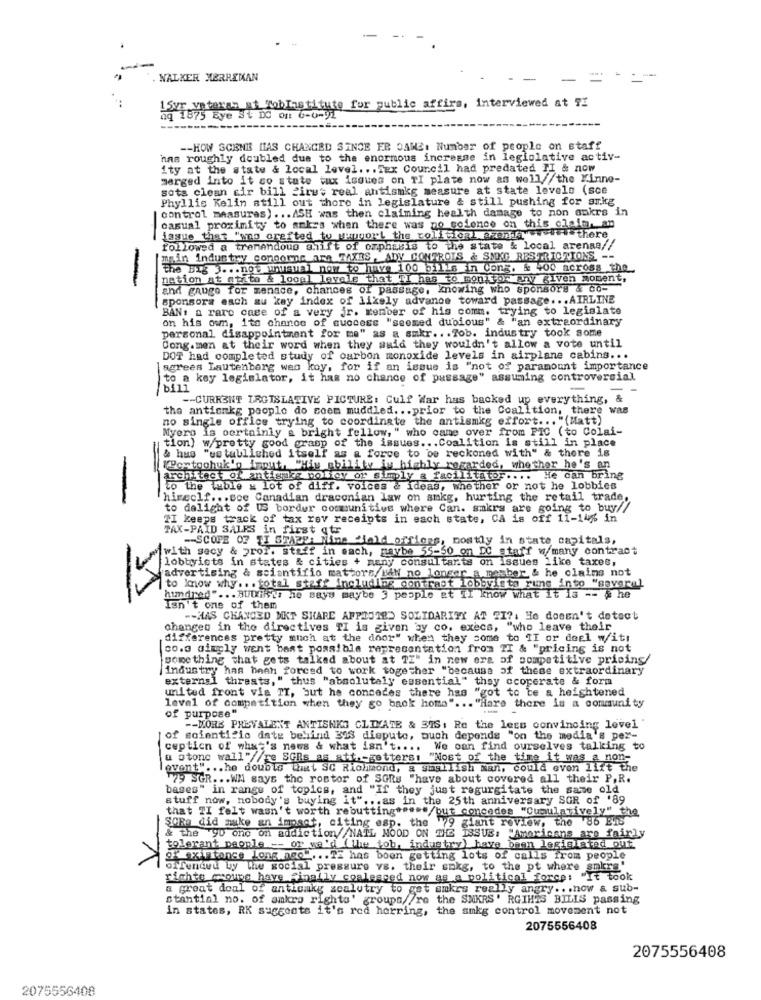
WALKER HERREMAN
1SZT veteran at robInstitute for public affira, interviewed at ?!
Eye St DC on G-6-91
-- HOW SCENES HAS CHANGED SINCE ER SANS: Number of people on staff
has roughly doubled due to the enormous increase in leglolative activ-
ity at the state & local level ... Sex Council had predated TI & now
merged into it co state tax isques on TI plate now as well//the Kinne-
sota clean sir bill Pires real antismkg measure at state levelo (sce
Phyllis Kelin atill out thore in legislature & still pushing for ai.kg
control measuras) ... ASH was then claiming health damage to non ankrs in
casual proximity to amiss when there was no solence on this claim. an
issue that "wo crefted to umport the colisioal szonka"w"there
followed a tremendous shift of oxphasis to the state & local arenas//
main industry conporne are TAXES, ADY CONTROIS & SMKG RESTRICTIONS. --
The Big 3. .. not unusual nem to have 100 bills in cong. & 400 across the
nation at atito & local levels that TI has to mon or any given moment,
and gauge for menace, chances of passage, knowing who sponsors & Co-
sponsors esch au key index of likely advance toward passage ... AIRLINE
BAN: a rare case of a very jr. Kember of his comm. trying to legislate
on his own, its chance of success "seemed dubious" & "an extraordinary
personal disappointment for me" as a smkr ... 70b. industry took some
Cong.men at their word when they said they wouldn't allow a vote until
DOT had completed study of carbon monoxide levels in airplane cabins ...
agrees Lautenberg was koy, for if an issue is "not of paramount importance
to a key legislator, it has no chance of passage" assuming controversial
bill
-
-- CURRENT IRGISLATIVE PICTURE: Culf War has backed up everything, &
the antionkg people do soem muddled ... prior to the Coalition, there was
no single office trying to coordinate the antismkg effort ... "(Matt)
Myero is certainly a bright fellow," who came over from PIC (to Colai-
tion) w/pretty good grasp of the issues ... Coalition is still in place
& hus "established itself as a force to be reckoned with" & there is
Portochuk's frout, "His ability is highly regarded, whether he's an
architect of antiguas policy or simply a facilitator ....
He can bring
to the table = lot of diff. voices & ideas, whether or not he lobbies
-
himeclf ... soe Canadian draconian law on sukg, hurting the retail trade,
to dalight of US border communitive where Can. smkrs are going to buy//
TI keeps track of tax rav receipts in each state, CA is off 11-14% in
TAX-PAID SALES in first qtr
-- SCOPE OF TI STAZO: Mine field offices, mostly in state capitals,
with secy & pror. staff in each, maybe 55-50 on DC staff w/many contract
lobbyists in states & cities + many consultants on issues like taxes,
advertising & scientifio mattors MAN no longer a masber & he claims not
to know why .. . total staff including contrast lobbyists runs into "several
hundred" ... BUTits he says maybe 3 people et II Know what it is -- @ he
Isn't one of them
== HAS CHANGED MKT SHARE AFPOSTED SOLIDARITY AT 21 ?. He doesn't detoot
changes in the directives TI is given by co. execs, "who leave their
differences pretty much at the door" when they come to TI or deel w/itt
co.a gimgly went best possible representation from TI & "pricing is not
something that gets talked about at TZ" in new era of competitive pricing/
industry has been forced to work together "because of these extraordinary
external threats," thus "absolutely essential" they ccoperate & form
united front vis TI, but he concedes there has "got to te a heightened
level of competition when they go back home" ... "Hare there is a community
of purpose"
-- MORE PREVALENT ANTISHKS CLIMATE & 37S; Re the less convincing level'
of scientific date behind BIS dispute, buch depends "on the media's per-
cepticn of what's news & what isn't .... We can find ourselves talking to
a otonc wall"//re SCRs as att-gettersi "Nost of the time it was a non-
event" ... he doubts What SC Richmond, & shallish man, could even lift the
79 SGR ... W says the restor of SORs "have about covered all their P. R.
bases" in range of topics, and "If they just regurgitate the same old
stuff now, nobody's buying it" ... as in the 25th anniversary SGR of '89
that "I felt wasn't worth rebutting ***** /but concedes "Cumulatively" the
SCRa did make an impact, citing esp. the 79 giant review, the 86
& the 90 ono on addiction//NATL MOOD ON THE ISSUE: "Americans are fairly
tolerant people -- or ya'd ( lhe tob, industry) have been legislated Out
or existance long asg .... TE has been getting lots of calls from people
ofTendwu by The social pressure vs. their snkg, to the pt where smkrs'
rights groups have finally coalesced now as a political force: "It took
a great deal of antiomkg scalutry to get amkrs really angry .. . now & sub-
stantial no. of amkra rights' groups//re the SNKRS' RGIHIS BILIS passing
in states, RK suggests it's red herring, the smkg control movement not
2075556408
2075556408
2075556408